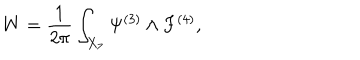
W = \frac { 1 } { 2 \pi } \int _ { X _ { 7 } } \Psi ^ { ( 3 ) } \wedge F ^ { ( 4 ) } ,